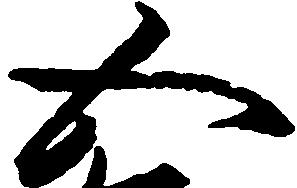
五